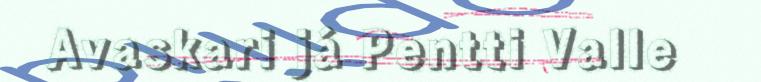
Avaskari já Pentti Valle